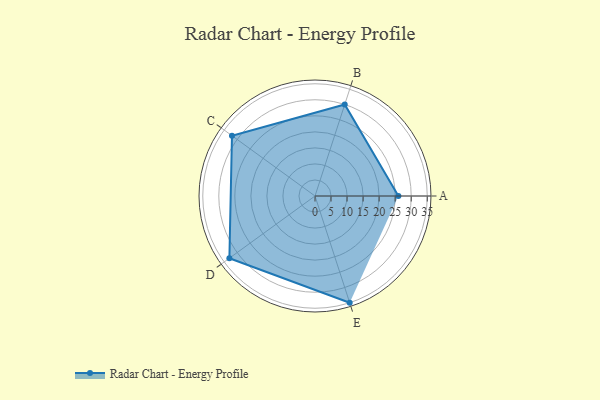
{"axis": {"x": "Skill", "y": "Score"}, "legend": ["Profile"], "data": [{"x": "A", "y": 26.0, "type": "Profile"}, {"x": "B", "y": 30.0, "type": "Profile"}, {"x": "C", "y": 32.0, "type": "Profile"}, {"x": "D", "y": 33.0, "type": "Profile"}, {"x": "E", "y": 35.0, "type": "Profile"}]}